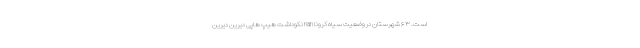
است. ۶۳ شهرستان در وضعیت سیاه کرونا nan نکوداشت هیپ هاپی دیرین دیرین